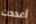
أعددت